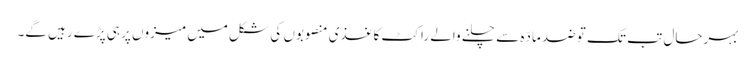
بہرحال تب تک تو ضد مادّہ سے چلنے والے راکٹ کاغذی منصوبوں کی شکل میں میزوں پر ہی پڑے رہیں گے۔